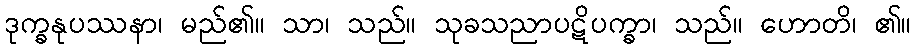
ဒုက္ခနုပဿနာ၊ မည်၏။ သာ၊ သည်။ သုခသညာပဋိပက္ခာ၊ သည်။ ဟောတိ၊ ၏။